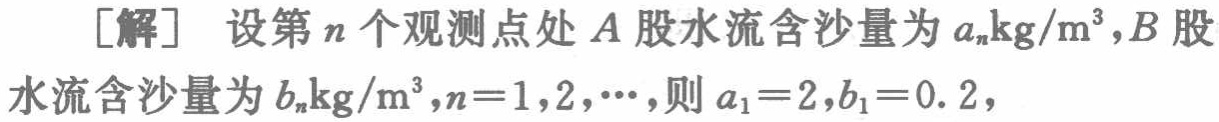
[解] 设第\(n\)个观测点处\(A\)股水流含沙量为\(a_{n}\text{kg}/\text{m}^{3}\),\(B\)股水流含沙量为\(b_{n}\text{kg}/\text{m}^{3}\),\(n = 1,2,\cdots\),则\(a_{1}=2\),\(b_{1}=0.2\),